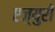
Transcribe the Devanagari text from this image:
एज़्युरी